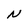
Character: N